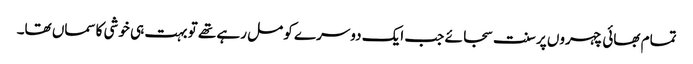
تمام بھائی چہروں پر سنت سجائے جب ایک دوسرے کو مل رہے تھے تو بہت ہی خوشی کاسماں تھا۔